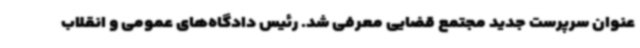
عنوان سرپرست جدید مجتمع قضایی معرفی شد. رئیس دادگاه‌های عمومی و انقلاب